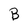
Character: B